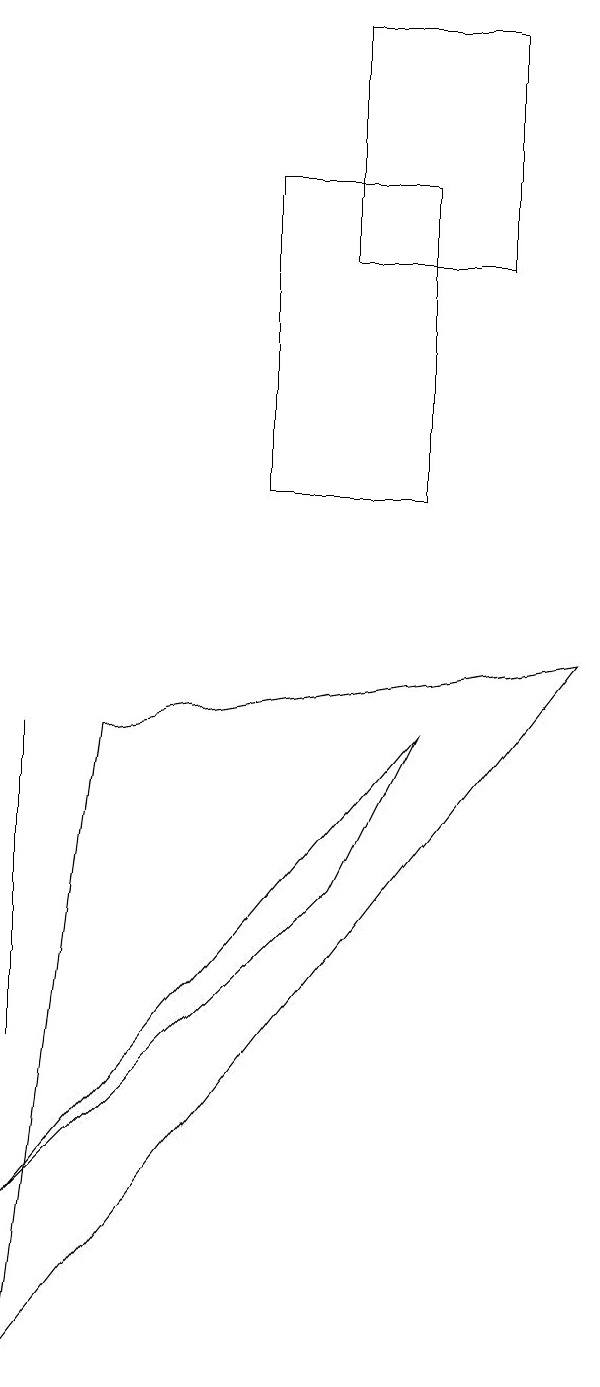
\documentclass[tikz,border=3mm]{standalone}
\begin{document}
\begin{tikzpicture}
\draw (0,6) -- (0,8) -- (0,4) -- cycle;
\draw (4,17) rectangle (6,14);
\draw (7,9) -- (0,0) -- (1,8) -- cycle;
\draw (5,8) -- (0,2) -- (4,6) -- cycle;
\draw (3,15) rectangle (5,11);
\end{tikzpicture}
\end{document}